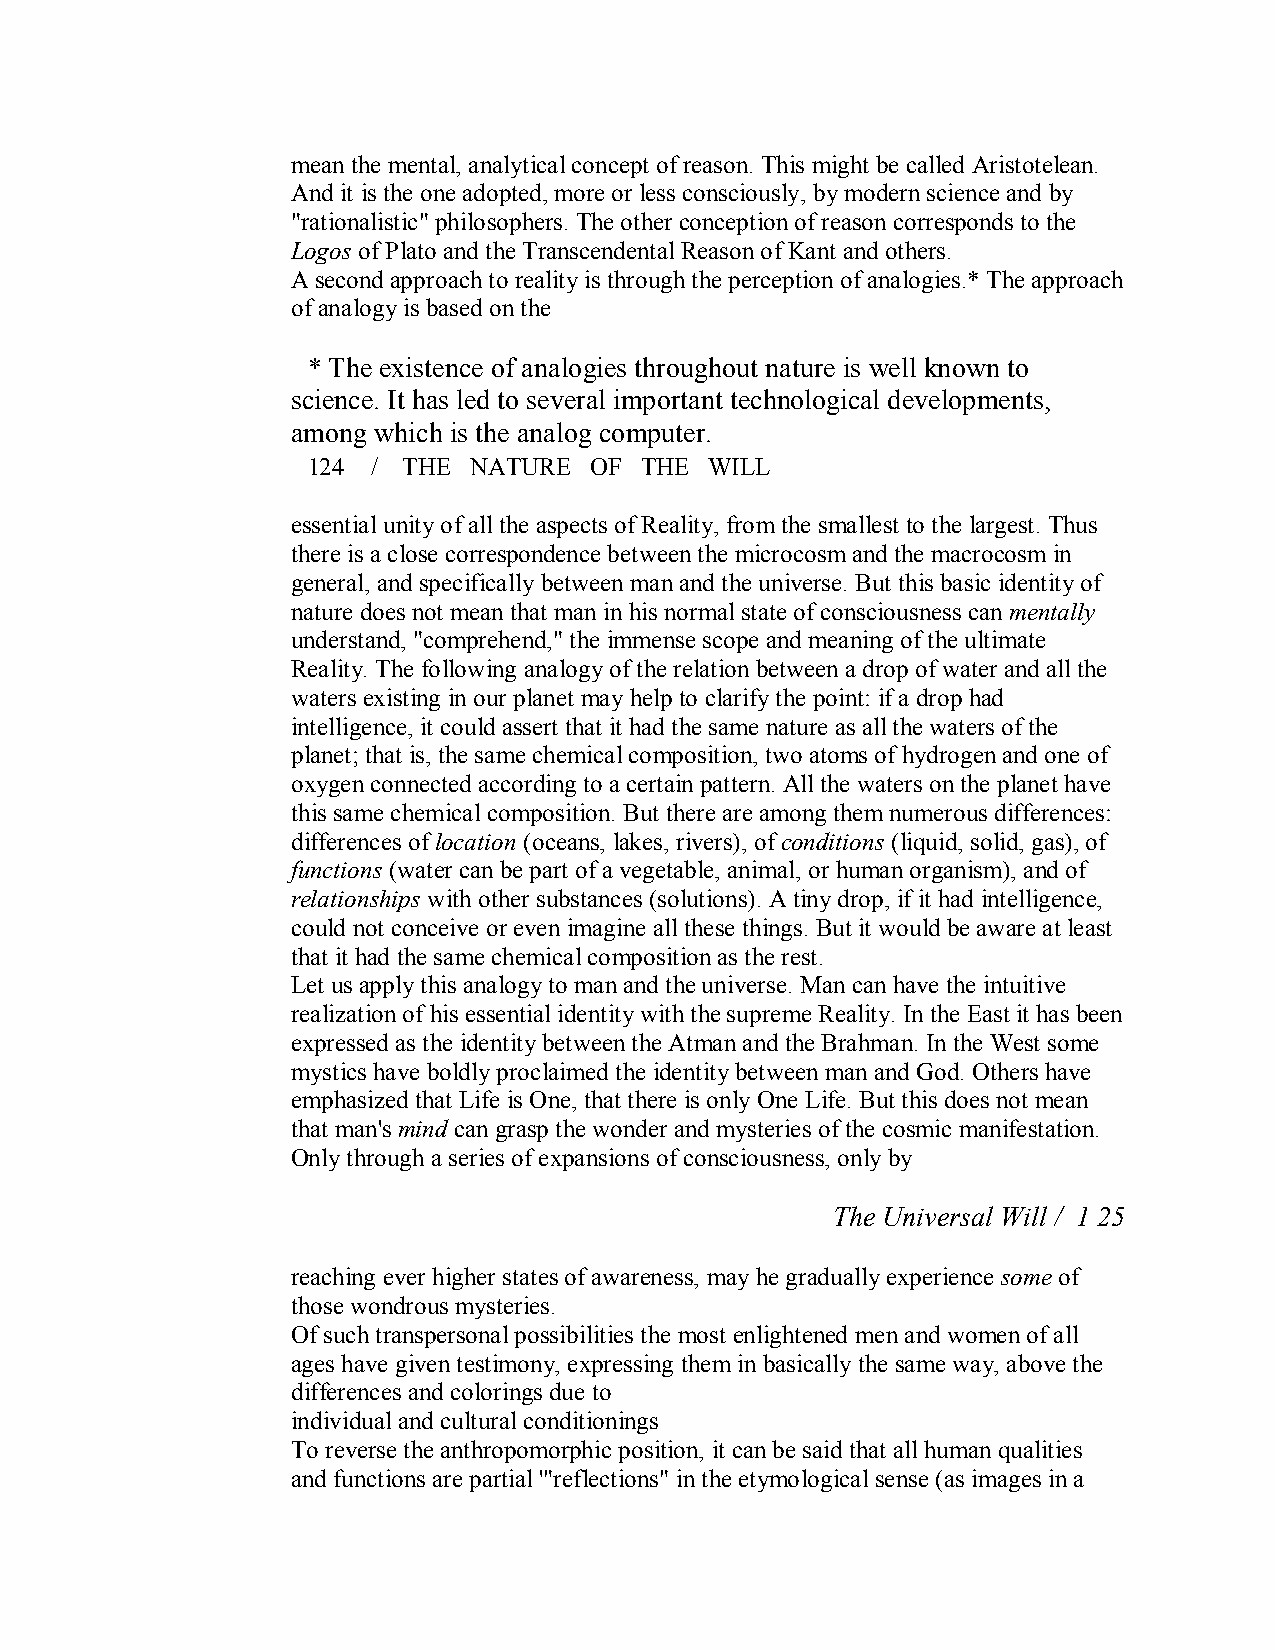
mean the mental, analytical concept of reason. This might be called Aristotelean.
 And it is the one adopted, more or less consciously, by modern science and by
 "rationalistic" philosophers. The other conception of reason corresponds to the
 Logos of Plato and the Transcendental Reason of Kant and others.
 A second approach to reality is through the perception of analogies.* The approach
 of analogy is based on the
 * The existence of analogies throughout nature is well known to
 science. It has led to several important technological developments,
 among which is the analog computer.
 124  / THE NATURE  OF THE  WILL
 essential unity of all the aspects of Reality, from the smallest to the largest. Thus
 there is a close correspondence between the microcosm and the macrocosm in
 general, and specifically between man and the universe. But this basic identity of
 nature does not mean that man in his normal state of consciousness canmentally
 understand, "comprehend," the immense scope and meaning of the ultimate
 Reality. The following analogy of the relation between a drop of water and all the
 waters existing in our planet may help to clarify the point: if a drop had
 intelligence, it could assert that it had the same nature as all the waters of the
 planet; that is, the same chemical composition, two atoms of hydrogen and one of
 oxygen connected according to a certain pattern. All the waters on the planet have
 this same chemical composition. But there are among them numerous differences:
 differences oflocation (oceans, lakes, rivers), ofconditions (liquid, solid, gas), of
 functions(water can be part of a vegetable, animal, or human organism), and of
 relationships with other substances (solutions). A tiny drop, if it had intelligence,
 could not conceive or even imagine all these things. But it would be aware at least
 that it had the same chemical composition as the rest.
 Let us apply this analogy to man and the universe. Man can have the intuitive
 realization of his essential identity with the supreme Reality. In the East it has been
 expressed as the identity between the Atman and the Brahman. In the West some
 mystics have boldly proclaimed the identity between man and God. Others have
 emphasized that Life is One, that there is only One Life. But this does not mean
 that man's mind can grasp the wonder and mysteries of the cosmic manifestation.
 Only through a series of expansions of consciousness, only by
 The Universal Will / 1 25
 reaching ever higher states of awareness, may he gradually experience some of
 those wondrous mysteries.
 Of such transpersonal possibilities the most enlightened men and women of all
 ages have given testimony, expressing them in basically the same way, above the
 differences and colorings due to
 individual and cultural conditionings
 To reverse the anthropomorphic position, it can be said that all human qualities
 and functions are partial '"reflections" in the etymological sense (as images in a